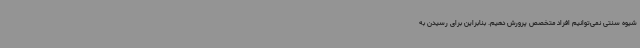
شیوه سنتی نمی‌توانیم افراد متخصص پرورش دهیم. بنابراین برای رسیدن به